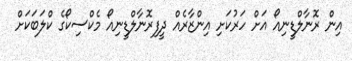
އިން ރޮނާލްޑީނިއޯ އަށް ހަރުކަށި އިންޒާރެއް ދީފިރޮނާލްޑީނިއޯ މެކްސިކޯގެ ކްލަބަކަށް